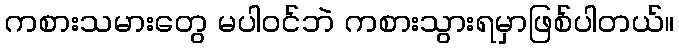
ကစားသမားတွေ မပါဝင်ဘဲ ကစားသွားရမှာဖြစ်ပါတယ်။